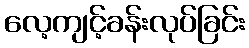
လေ့ကျင့်ခန်းလုပ်ခြင်း